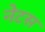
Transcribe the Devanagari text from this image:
नेटस